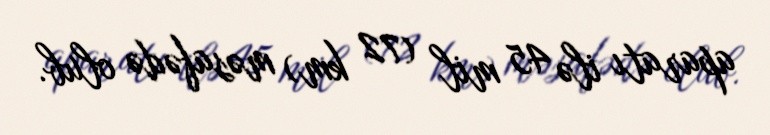
aparatı ilə 45 mil (72 km) məsafədə olub.